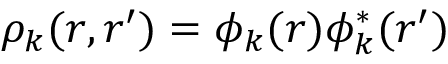
\rho _ { k } ( \boldsymbol { r } , \boldsymbol { r } ^ { \prime } ) = \phi _ { k } ( \boldsymbol { r } ) \phi _ { k } ^ { * } ( \boldsymbol { r } ^ { \prime } )